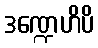
ဒဏ္ဍေဟိပိ